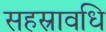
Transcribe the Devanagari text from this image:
सहस्रावधि